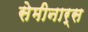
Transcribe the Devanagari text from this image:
सेमीनार्स